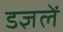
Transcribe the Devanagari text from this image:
डज्ञलें